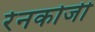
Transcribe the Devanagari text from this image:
रेनकोजी